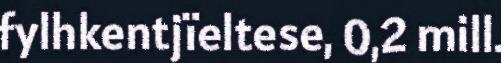
fylhkentjïeltese, 0,2 mill.